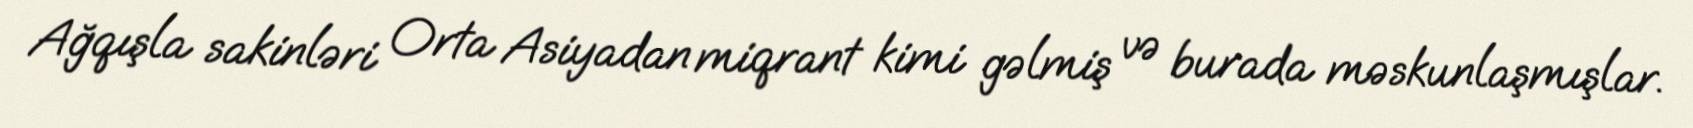
Ağqışla sakinləri Orta Asiyadan miqrant kimi gəlmiş və burada məskunlaşmışlar.